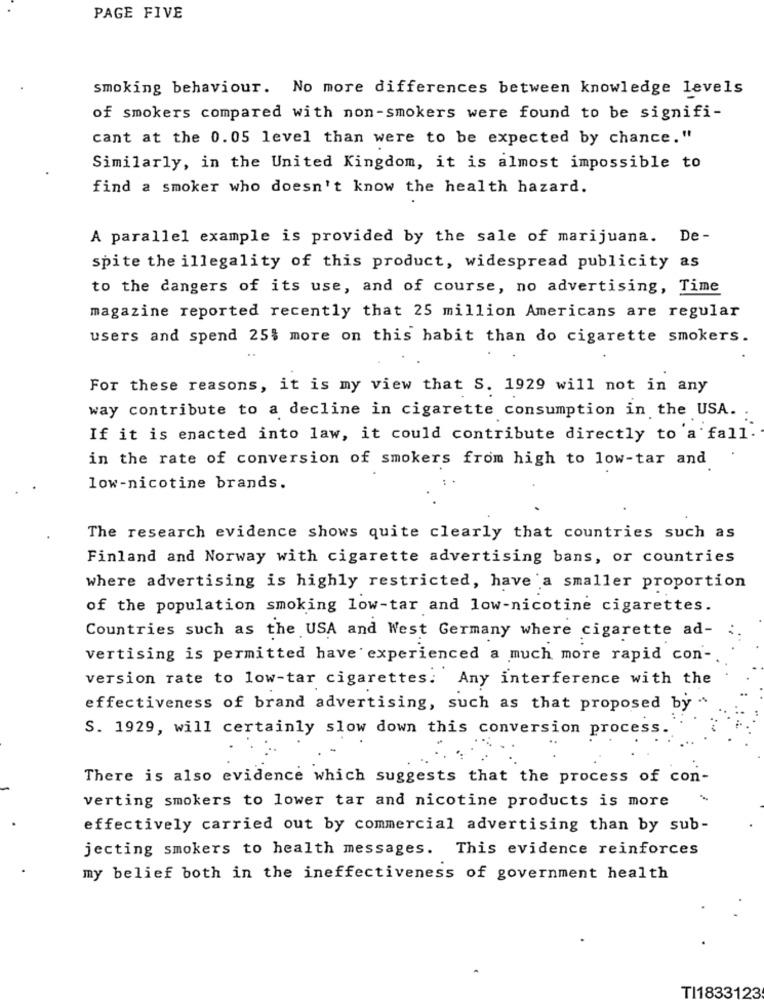
PAGE FIVE
smoking behaviour. No more differences between knowledge levels
of smokers compared with non-smokers were found to be signifi-
cant at the 0.05 level than were to be expected by chance."
Similarly, in the United Kingdom, it is almost impossible to
find a smoker who doesn't know the health hazard.
A parallel example is provided by the sale of marijuana. De-
spite the illegality of this product, widespread publicity as
to the dangers of its use, and of course, no advertising, Time
magazine reported recently that 25 million Americans are regular
users and spend 25$ more on this habit than do cigarette smokers.
For these reasons, it is my view that S. 1929 will not in any
way contribute to a decline in cigarette consumption in the USA. .
If it is enacted into law, it could contribute directly to a fall.
in the rate of conversion of smokers from high to low-tar and
low-nicotine brands.
The research evidence shows quite clearly that countries such as
Finland and Norway with cigarette advertising bans, or countries
where advertising is highly restricted, have a smaller proportion
of the population smoking low-tar and low-nicotine cigarettes.
Countries such as the USA and West Germany where cigarette ad- :.
vertising is permitted have experienced a much more rapid con -.
version rate to low-tar cigarettes. Any interference with the
effectiveness of brand advertising, such as that proposed by .
S. 1929, will certainly slow down this conversion process
There is also evidence which suggests that the process of con-
verting smokers to lower tar and nicotine products is more
effectively carried out by commercial advertising than by sub-
jecting smokers to health messages. This evidence reinforces
my belief both in the ineffectiveness of government health
TI1833123